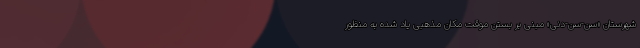
شهرستان «سن-سن-دنی» مبنی بر بستن موقت مکان مذهبی یاد شده به منظور